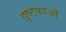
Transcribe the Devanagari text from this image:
इष्टकाओं